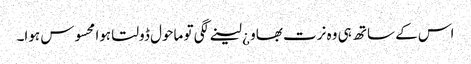
اس کے ساتھ ہی وہ نرت بھاو ¿ لینے لگی تو ماحول ڈولتا ہوا محسوس ہوا۔